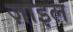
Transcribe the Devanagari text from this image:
ज़ाइल